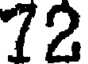
72